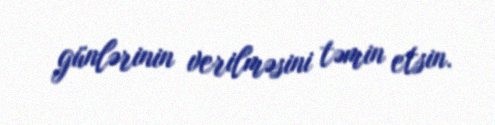
günlərinin verilməsini təmin etsin.